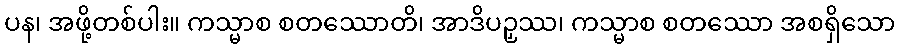
ပန၊ အဖို့တစ်ပါး။ ကသ္မာစ စတဿောတိ၊ အာဒိပဉှဿ၊ ကသ္မာစ စတဿော အစရှိသော